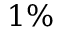
1 \%